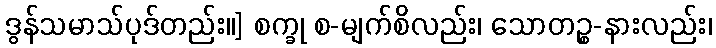
ဒွန်သမာသ်ပုဒ်တည်း။] စက္ခု စ-မျက်စိလည်း၊ သောတဉ္စ-နားလည်း၊